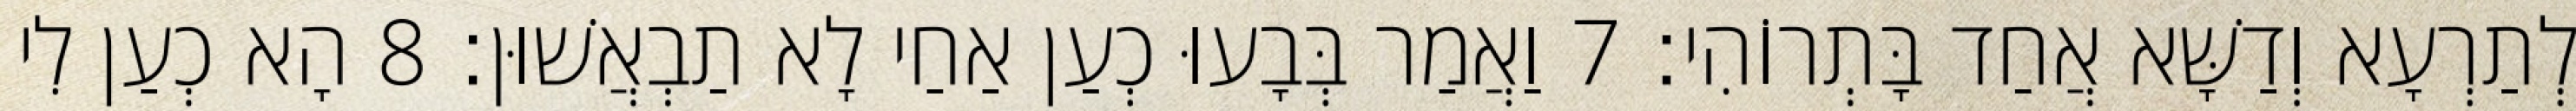
לְתַרְעָא וְדַשָּׁא אֲחַד בָּתְרוֹהִי׃ 7 וַאֲמַר בְּבָעוּ כְעַן אַחַי לָא תַבְאֲשׁוּן׃ 8 הָא כְעַן לִי